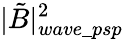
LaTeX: |\tilde{B}|_{wave\_ psp}^{2}